Vaccination North-Western Provinces and Oudh 1896-1901 - 1896-1901
Year: 1896
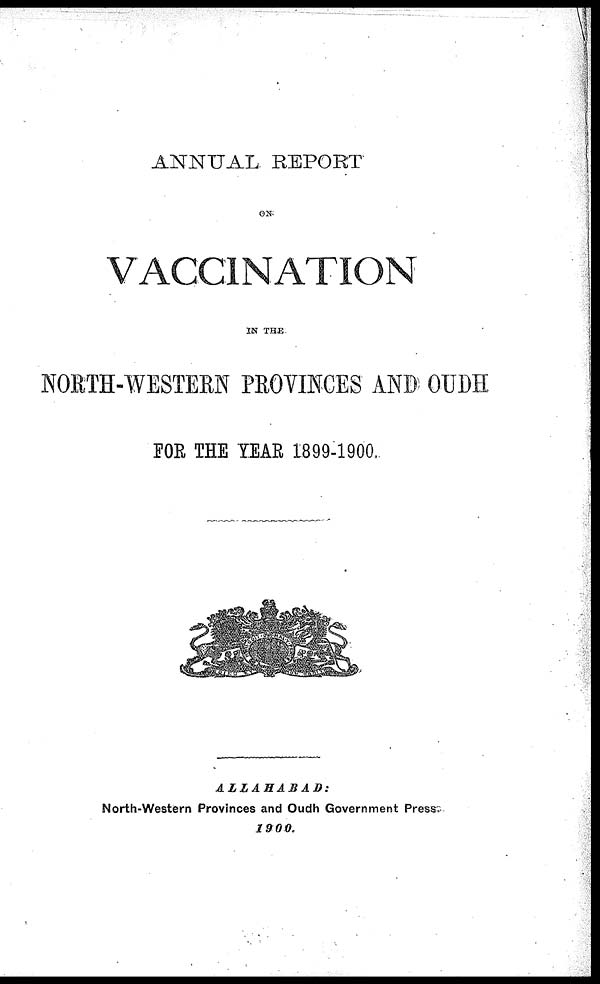
ANNUAL REPORT
ON
VACCINATION
IN THE
NORTH-WESTERN PROVINCES AND OUDH
FOR THE YEAR 1899-1900
ALLAHABAD:
North-Western Provinces and Oudh Government Press
1900.